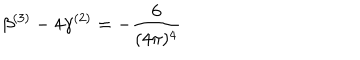
\beta ^ { ( 3 ) } - 4 \gamma ^ { ( 2 ) } = - \frac { 6 } { ( 4 \pi ) ^ { 4 } }